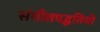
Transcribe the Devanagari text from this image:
संगीतपद्धतियों